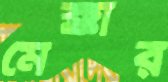
মেক্কার